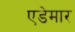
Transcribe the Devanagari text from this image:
एडेमार